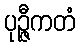
ပုဉ္ဇီကတံ